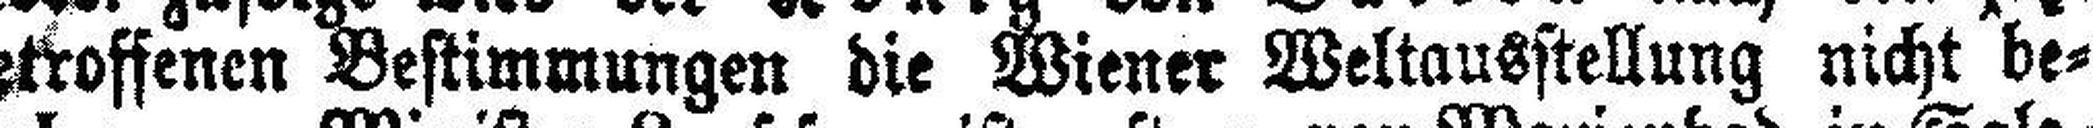
getroffenen Bestimmungen die Wiener Weltausstellung nicht be¬